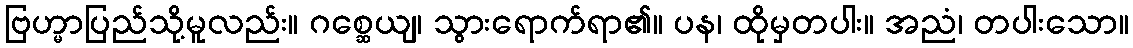
ဗြဟ္မာပြည်သို့မူလည်း။ ဂစ္ဆေယျ၊ သွားရောက်ရာ၏။ ပန၊ ထိုမှတပါး။ အညံ၊ တပါးသော။